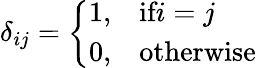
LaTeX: \delta_{ij}={\left\{ \begin{array}{ll}{1,}&{\textrm{if}i=j}\\ {0,}&{\textrm{otherwise}}\end{array}\right.}